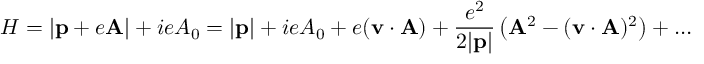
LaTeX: { \cal H } = | { \bf p } + e { \bf A } | + i e A _ { 0 } = | { \bf p } | + i e A _ { 0 } + e ( { \bf v } \cdot { \bf A } ) + { \frac { e ^ { 2 } } { 2 | { \bf p } | } } \left( { \bf A } ^ { 2 } - ( { \bf v } \cdot { \bf A } ) ^ { 2 } \right) + \ldots